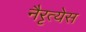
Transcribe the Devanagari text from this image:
नैरृत्येस